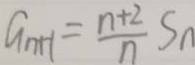
G _ { n + 1 } = \frac { n + 2 } { n } S _ { n }